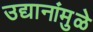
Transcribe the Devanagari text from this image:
उद्यानांमुळे